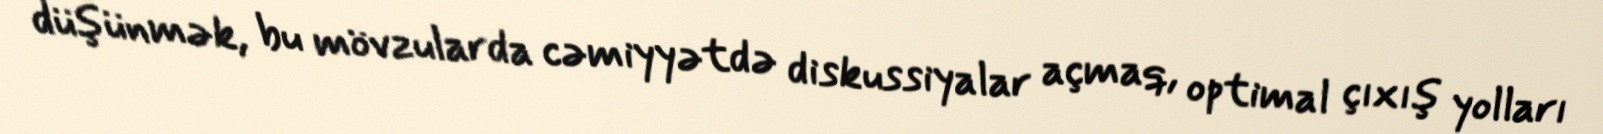
düşünmək, bu mövzularda cəmiyyətdə diskussiyalar açmaq, optimal çıxış yolları